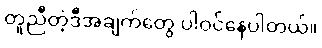
တူညီတဲ့ဒီအချက်တွေ ပါဝင်နေပါတယ်။